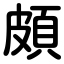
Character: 頗